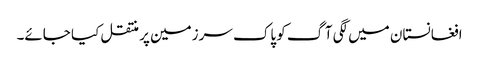
افغانستان میں لگی آگ کو پاک سرزمین پر منتقل کیا جائے۔